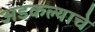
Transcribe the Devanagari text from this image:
अडकल्याचे